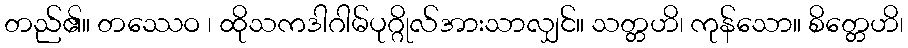
တည်၏။ တဿေဝ ၊ ထိုသကဒါဂါမ်ပုဂ္ဂိုလ်အားသာလျှင်။ သတ္တဟိ၊ ကုန်သော။ စိတ္တေဟိ၊